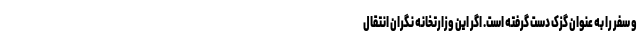
و سفر را به عنوان گزک دست گرفته است. اگر این وزارتخانه نگران انتقال